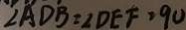
\angle A D B = \angle D E F = 9 0